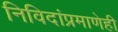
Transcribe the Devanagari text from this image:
निविदांप्रमाणेही